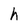
Character: h